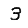
Digit: 3